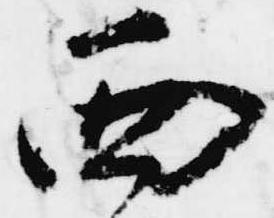
西